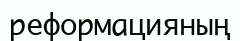
реформацияның